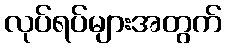
လုပ်ရပ်များအတွက်